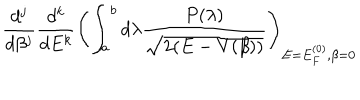
\frac { d ^ { j } } { d \beta ^ { j } } \frac { d ^ { k } } { d E ^ { k } } \left( \int _ { a } ^ { b } d \lambda \frac { P ( \lambda ) } { \sqrt { 2 ( E - V ( \beta ) ) } } \right) _ { E = E _ { F } ^ { ( 0 ) } , \beta = 0 }